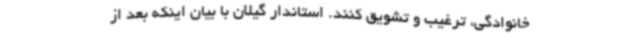
خانوادگی، ترغیب و تشویق کنند. استاندار گیلان با بیان اینکه بعد از